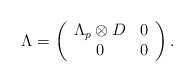
\begin{align*}\Lambda =\left(\begin{array}{cc}\Lambda_p\otimes D&0\\0 & 0\end{array}\right).\end{align*}